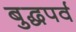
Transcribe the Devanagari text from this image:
बुद्धपर्व